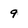
Character: 9